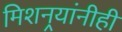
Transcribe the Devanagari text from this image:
मिशनर्‍यांनीही